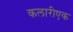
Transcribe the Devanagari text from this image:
कलारीएक